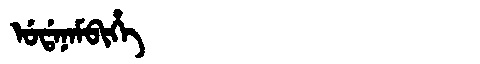
Manchu: ᡠᡩᠠᠨᠠᠮᠪᡳᡥᡝ
Romanization: UDANAMBIHE